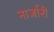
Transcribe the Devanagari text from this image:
नार्जारी